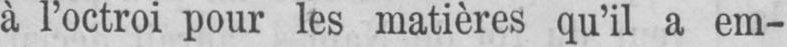
à l’octroi pour les matières qu’il a em-